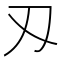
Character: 刄